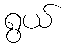
ရွယ်